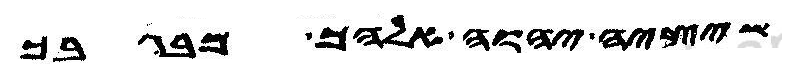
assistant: שיציה יהוה אלהך מבגבך